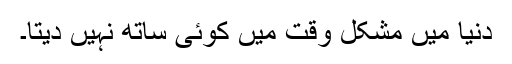
دنیا میں مشکل وقت میں کوئی ساتھ نہیں دیتا۔